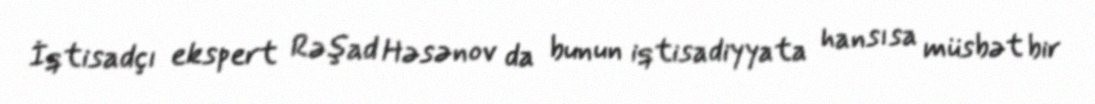
İqtisadçı ekspert Rəşad Həsənov da bunun iqtisadiyyata hansısa müsbət bir